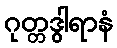
ဂုတ္တဒွါရာနံ